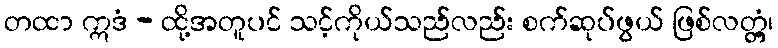
တထာ ဣဒံ - ထို့အတူပင် သင့်ကိုယ်သည်လည်း စက်ဆုပ်ဖွယ် ဖြစ်လတ္တံ့၊